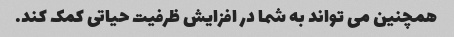
همچنین می تواند به شما در افزایش ظرفیت حیاتی کمک کند.